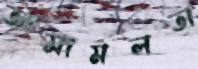
আসামলতা